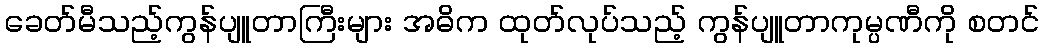
ခေတ်မီသည့်ကွန်ပျူတာကြီးများ အဓိက ထုတ်လုပ်သည့် ကွန်ပျူတာကုမ္ပဏီကို စတင်